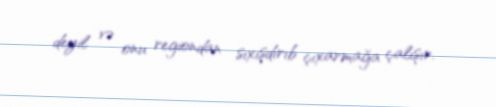
deyil və onu regiondan sıxışdırıb çıxarmağa çalışır.